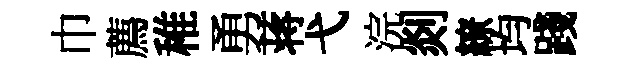
巾薦稚勇蒋弋浣剡繚均踐